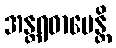
အန္တရဓာပေန္တိ